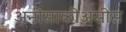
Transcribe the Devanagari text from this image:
अनीसाकीअसीस